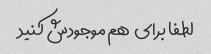
لطفا برای  هم موجودش کنید